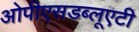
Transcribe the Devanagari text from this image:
ओपीएसडब्लूएटी